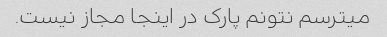
میترسم نتونم پارک در اینجا مجاز نیست.